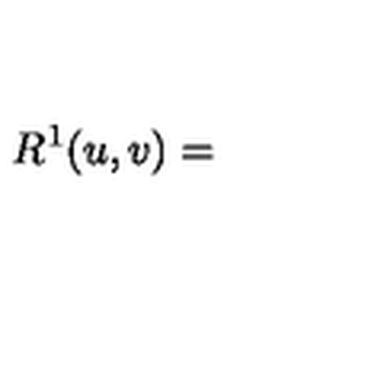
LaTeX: R ^ { 1 } ( u , v ) = ~